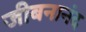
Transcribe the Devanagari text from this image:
जीबनानंद